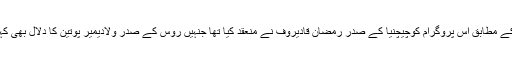
رپورٹوں کے مطابق اس پروگرام کوچیچنیا کے صدر رمضان قادیروف نے منعقد کیا تھا جنہیں روس کے صدر ولادیمیر پوتین کا دلال بھی کہا جاتا ہے۔